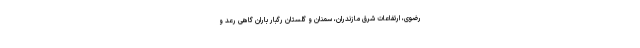
رضوی، ارتفاعات شرق مازندران، سمنان و گلستان رگبار باران گاهی رعد و